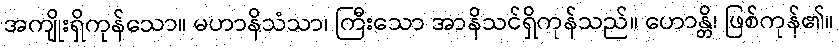
အကျိုးရှိကုန်သော။ မဟာနိသံသာ၊ ကြီးသော အာနိသင်ရှိကုန်သည်။ ဟောန္တိ၊ ဖြစ်ကုန်၏။